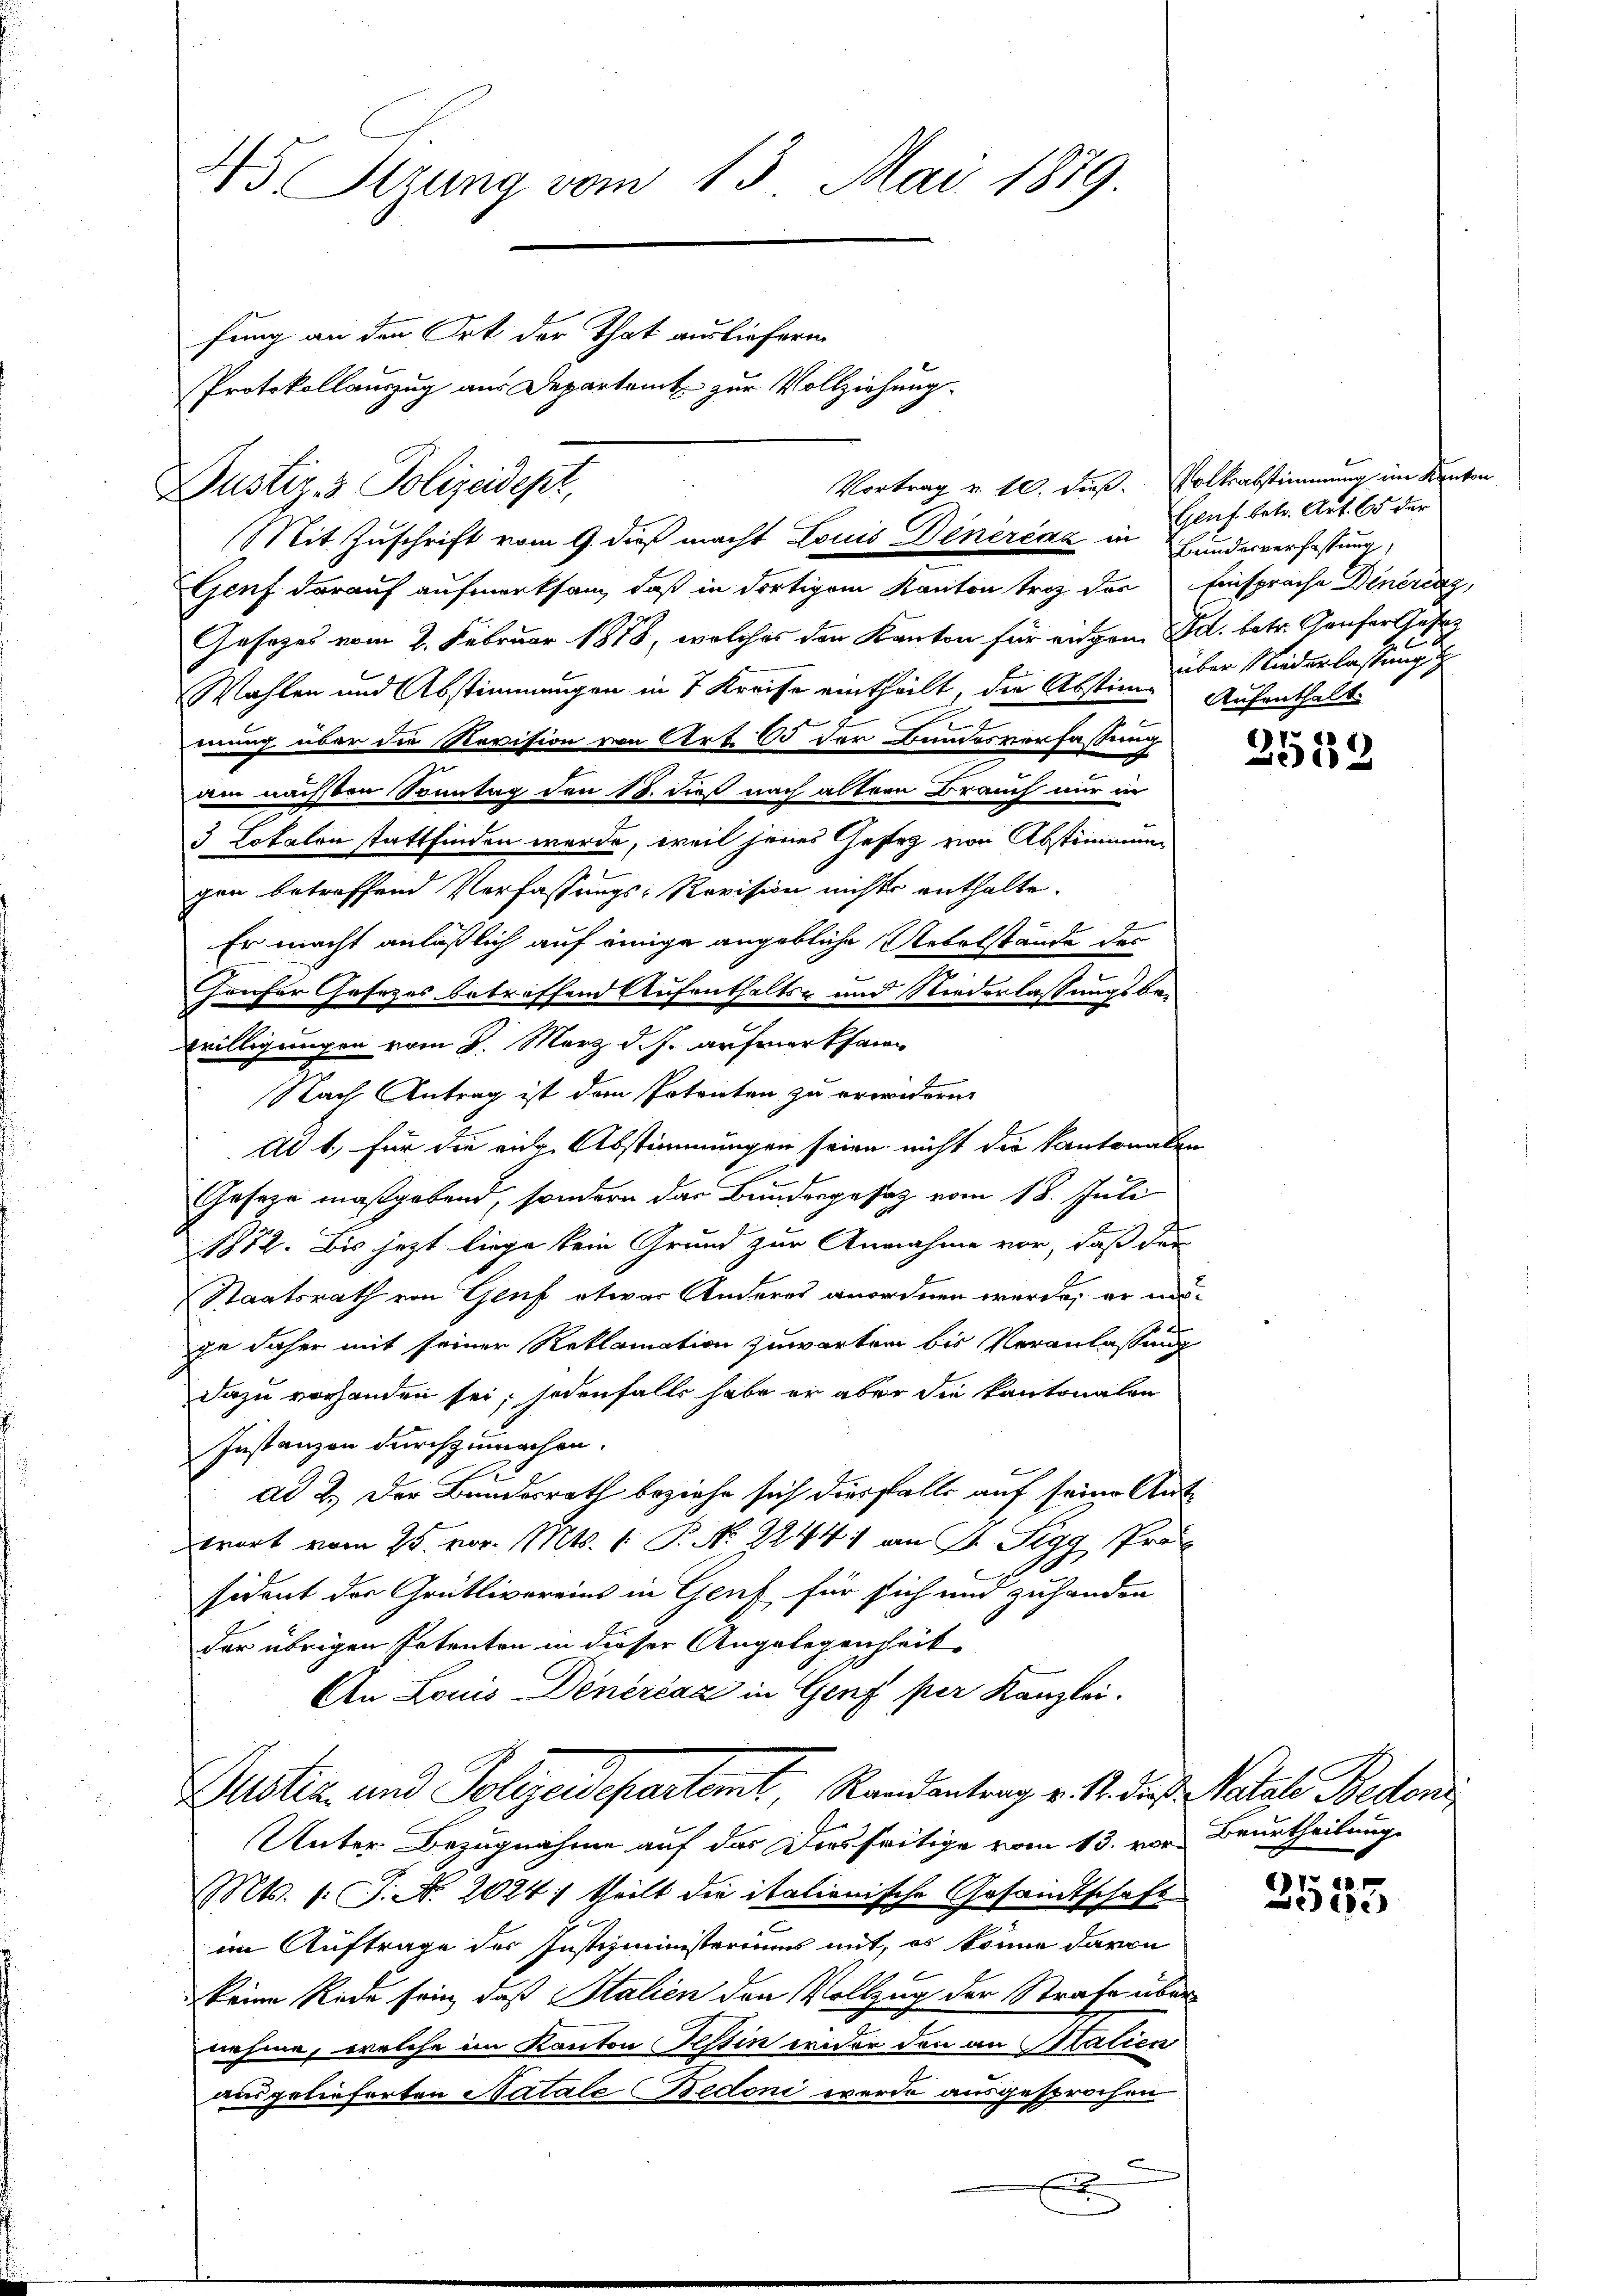
Justiz- & Polizeidept,

4 Sizung vom 15. Mai 1879.
fung an den Ort der That ausliefern
Protokollauszug aus Departamt zur Vollziehung.

Genf darauf aufmerksam, daß in dortigem Kanton trag des Einsprache Dinerenz,
Gesezes vom 2. Februar 1818, welches den Kanton für eingen Ed. betr. Genfer Gesez
Wahlen und Abstimmungen in 7 Kreise eintheilt, die Abstime Aufenthalt
x
mung über die Revision von Art. 85 der Bundesverfassung
am nächsten Sonntag den 18. dieß nach alten Brauch nur in
3 Dotalen stattfinden werde, weil jenes Gestag von Abstimmung
gen betreffend Verfassungs-Revision nichts enthalte.
Er macht anläßlich auf einige angebliche Uebelstände der
Haufer Gesezes betreffend Aufenthalts- und Niederlassungsbe¬
Nach Antrag ist den Potenten zu erwidern,
Ad 1, für die einge Abstimmungen seien nicht die Kantonalen
Geseze maßgebend, sondern das Bunderpesaz vom 18. Juli
1872. Bis jezt liege kein Grund zur Annahme vor, daß der
Staatsrath von Genf etwas Anderes anordnen werde, er insge daher mit seiner Reklamation zuwarten bis Veranlassung
Dazu vorhanden sei, jedenfalls habe er aber die Kantonalen
Instanzen durchzumachen.
ad 2. Der Bundesrath beziehe sich diesfalls auf seine Antwort vom 25. vor. Mts. 1. P. Nr. 2244, an M. Pegg, Pro
sident der Grütlivereins in Genf für sich und zuhanden
der übrigen Petenten in dieser Angelegenheit
An Louis Dinéréaz in Genf per Kanzlei.
Justiz- und Polizeidepartemt, Randantrag v. S. die Katale Beden
Unter Bezugnahme auf das Diesseitige vom 13. vor Beurtheilung
Mts. 1. J. No. 2024) theilt die italienische Gesandtschaft
.
im Auftrage der Justizministeriums mit, es könne davon
keine Rede sein, daß Stalien den Vollzug der Strafe übernehme, welche im Kanton Tessin erner den an Statien
ausgelieferten Natale Bedoni werde ausgesprochen

willigungen vom 8. März d. J. aufmerksam

Vortrag u. fl. dieß.
Mit Zuschrift vom 9. dieß macht Louis Dinérčaz in Hunderverfassung

x

Volksabstimmung im Kanton
Geuf betr. Art. 65 der
über Niederlassung

1 1
0

2555